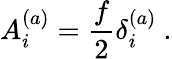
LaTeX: A_{i}^{(a)}=\frac{f}{2}\delta_{i}^{(a)}~.